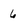
Character: 6